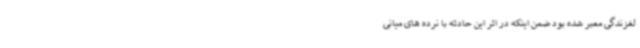
لغزندگی معبر شده بود ضمن اینکه در اثر این حادثه با نرده های میانی